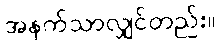
အနက်သာလျှင်တည်း။